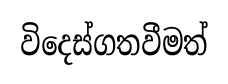
විදෙස්ගතවීමත්